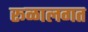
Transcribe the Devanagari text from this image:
रूळालगत